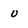
Character: u